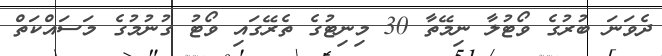
ދެވަނަ ބުރުގެ ވޯޓުލާ ނިމޭތާ 30 މިނިޓުގެ ތެރޭގައި ވޯޓު ގުނުމުގެ މަސައްކަތް